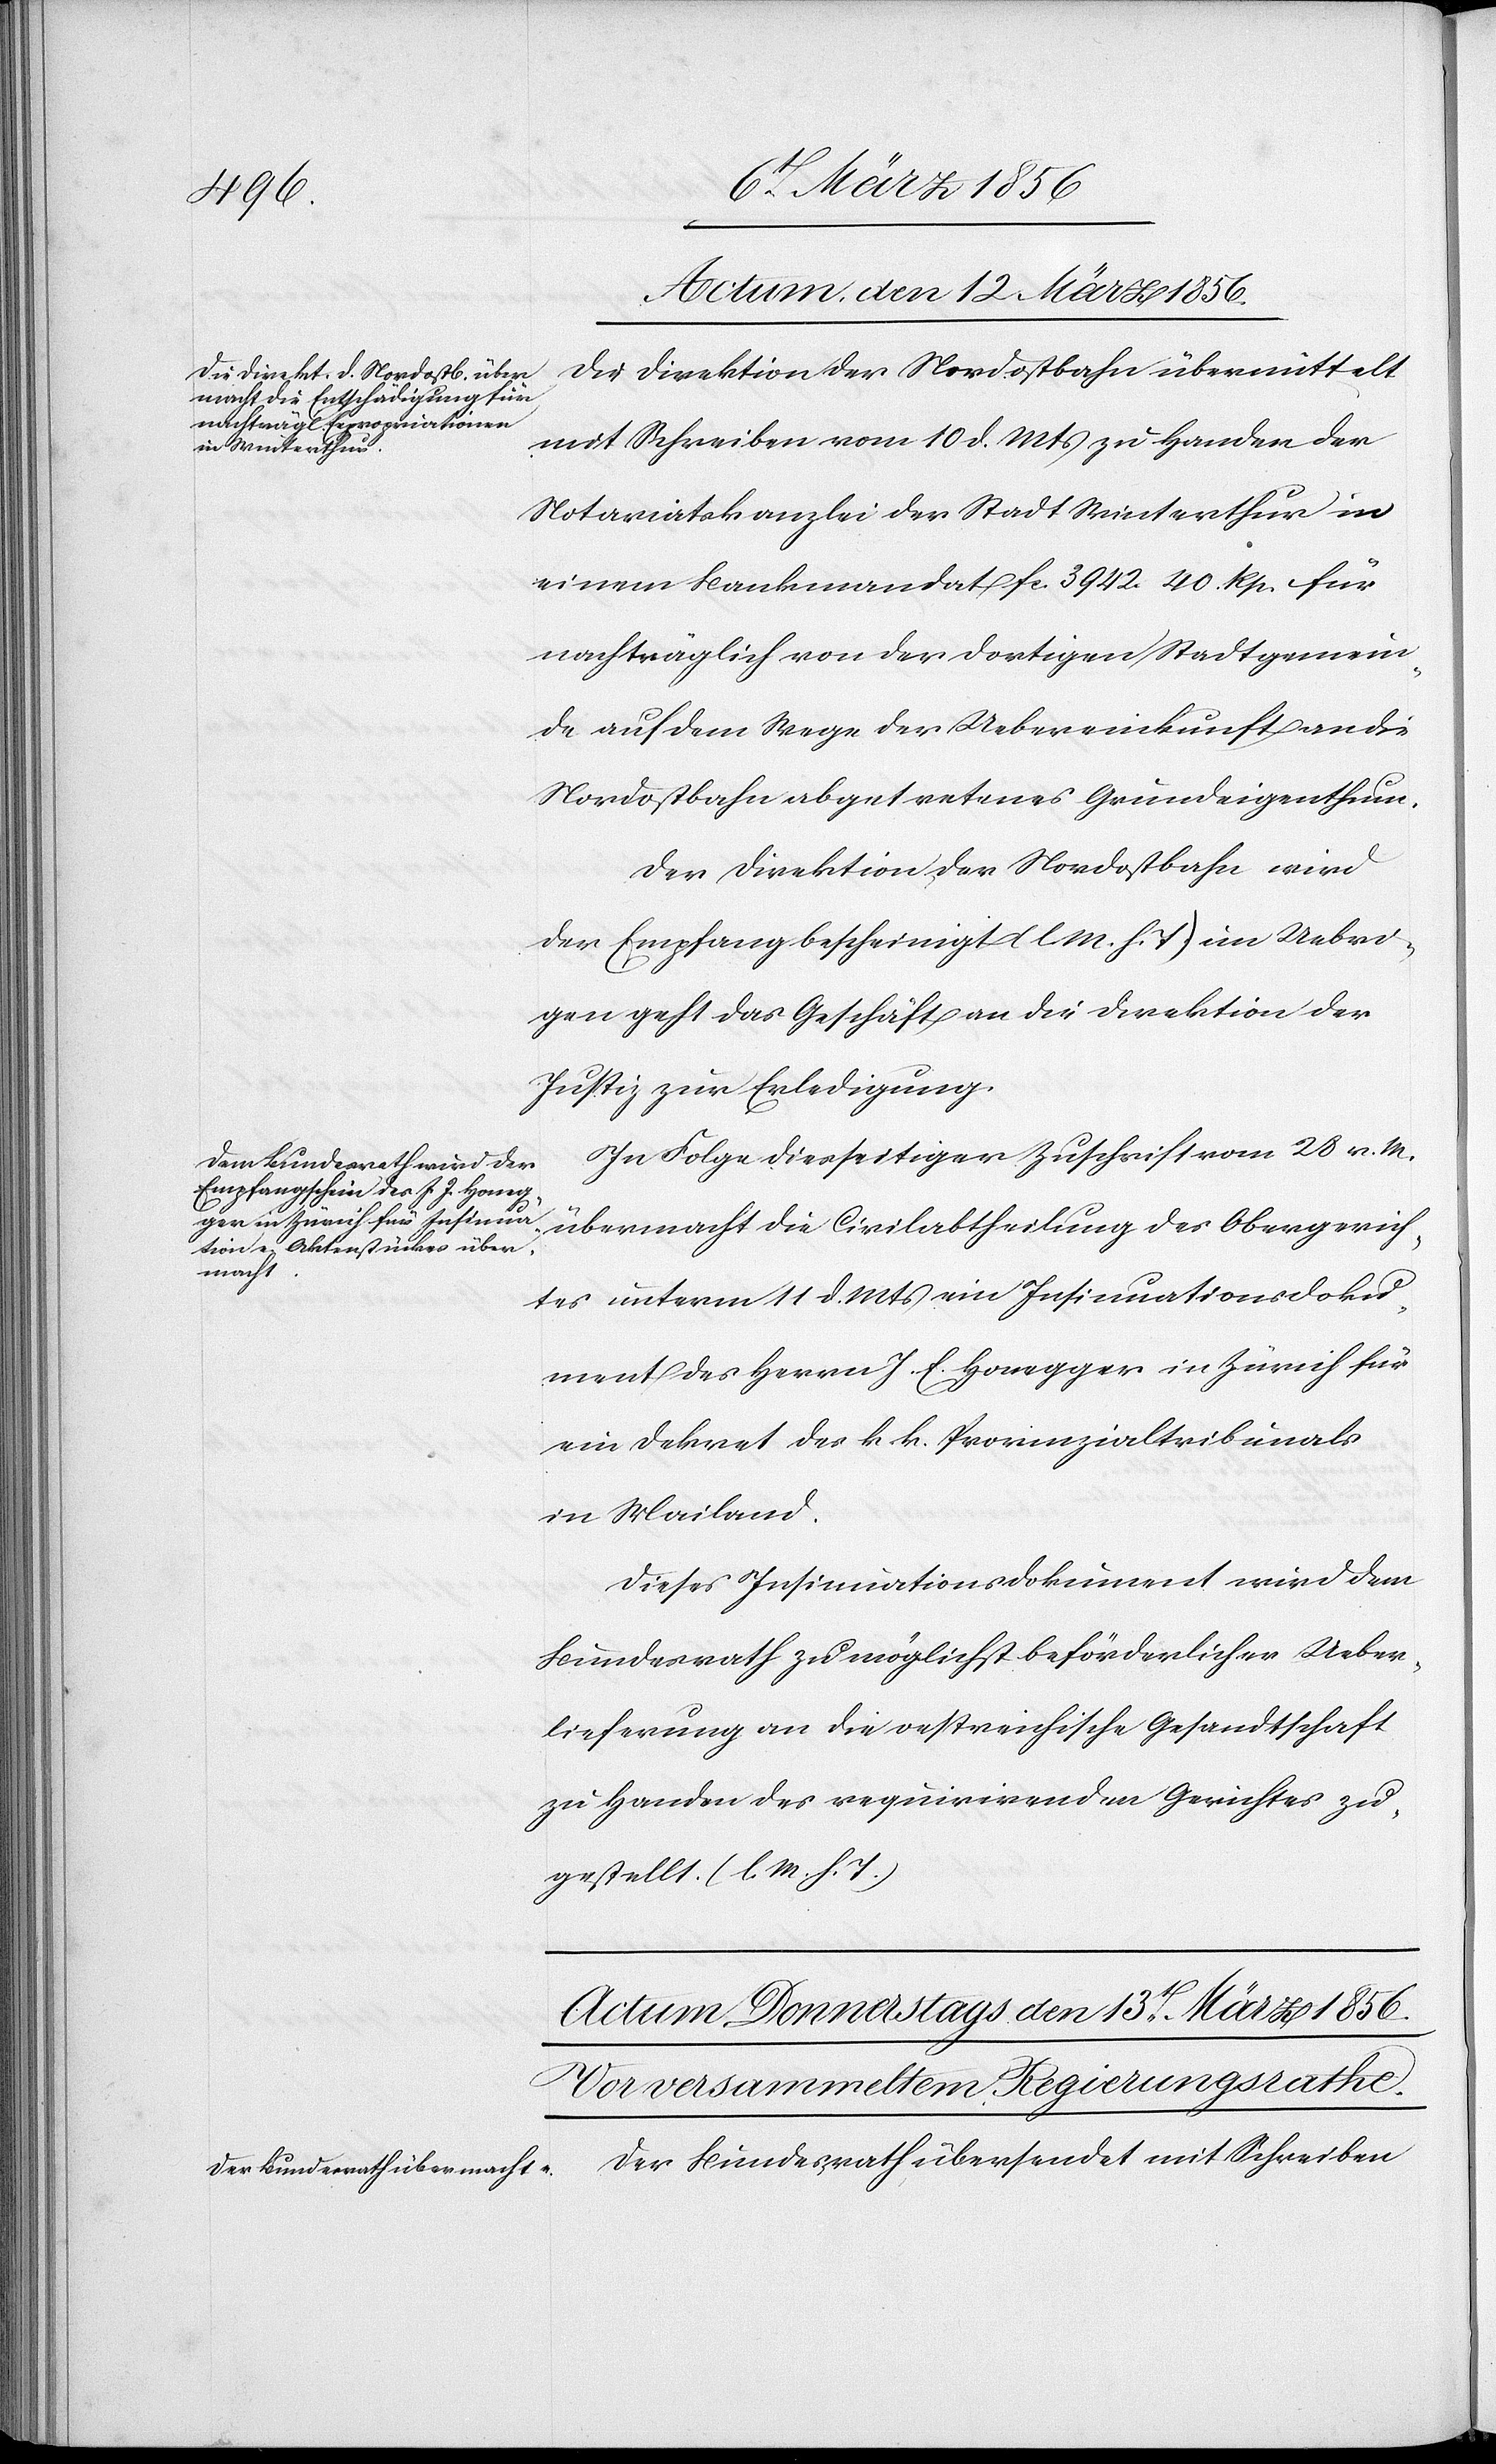
Actum, den 12 März 1856.]
Die Direktion der Nordostbahn übermittelt
mit Schreiben vom 10 d. Mts zu Handen der
Notariatskanzlei der Stadt Winterthur in
einem Bankmandat fc. 3942. 40 Rp. für
nachträglich von der dortigen Stadtgemein¬
de auf dem Wege der Uebereinkunft an die
Nordostbahn abgetretenes Grundeigenthum.
Der Direktion der Nordostbahn wird
der Empfang bescheinigt (l M. h. T) im Uebri¬
gen geht das Geschäft an die Direktion der
Justiz zur Erledigung.
In Folge diesseitiger Zuschrift vom 28 v. M.
übermacht die Civilabtheilung des Obergerich¬
tes unterm 11 d. Mts ein Insinuationsdoku¬
ment des Herrn J. E. [sic!] Honegger in Zürich für
ein Dekret des k. k. Provinzialtribunals
in Mailand.
Dieses Insinuationsdokument wird dem
Bundesrath zu möglichst beförderlicher Ueber¬
lieferung an die oestreichische Gesandtschaft
zu Handen des requirirenden Gerichtes zu¬
gestellt. (l. M. h. T.)
Der Bundesrath übersendet mit Schreiben